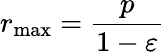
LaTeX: r_{\operatorname*{max}}={\frac{p}{1-\varepsilon}}